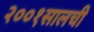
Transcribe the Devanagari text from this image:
२००१सालची